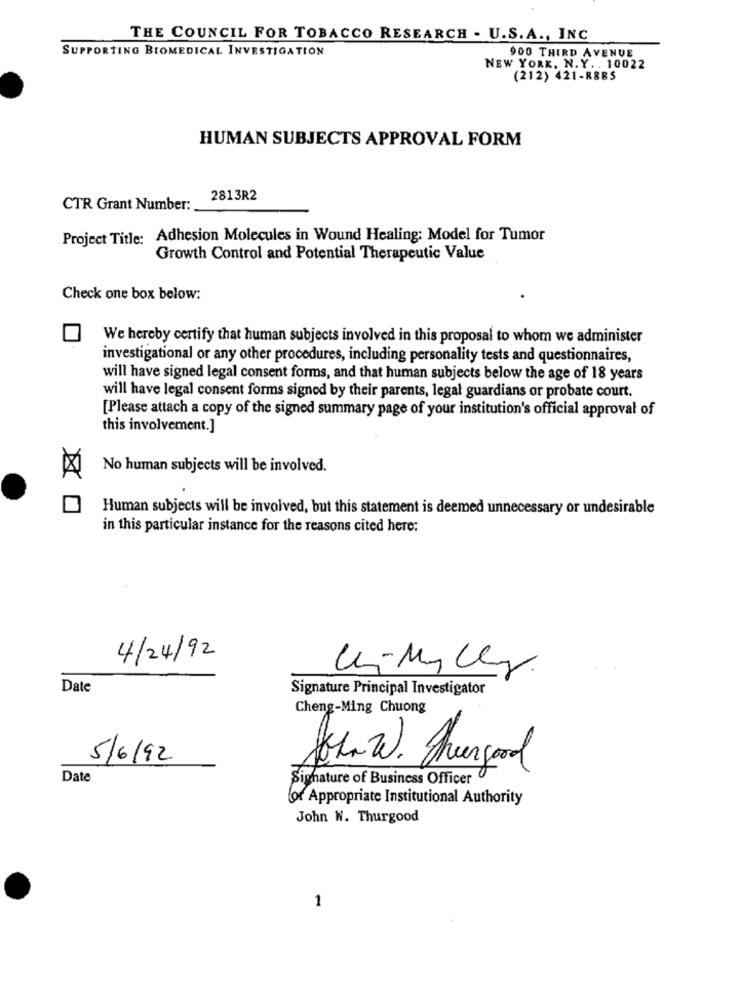
THE COUNCIL FOR TOBACCO RESEARCH . U.S.A ., INC
SUPPORTING BIOMEDICAL INVESTIGATION
900 THIRD AVENUE
NEW YORK, N.Y .. 10022
(212) 421-R885
HUMAN SUBJECTS APPROVAL FORM
2813R2
CTR Grant Number:
Project Title: Adhesion Molecules in Wound Healing: Model for Tumor
Growth Control and Potential Therapeutic Value
Check one box below:
We hereby certify that human subjects involved in this proposal to whom we administer
investigational or any other procedures, including personality tests and questionnaires,
will have signed legal consent forms, and that human subjects below the age of 18 years
will have legal consent forms signed by their parents, legal guardians or probate court.
[Please attach a copy of the signed summary page of your institution's official approval of
this involvement.]
No human subjects will be involved.
Human subjects will be involved, but this statement is deemed unnecessary or undesirable
in this particular instance for the reasons cited here:
4/24/92
Date
Signature Principal Investigator
Cheng-Ming Chuong
5/6/92
Date
Signature of Business Officer
for Appropriate Institutional Authority
John W. Thurgood
1